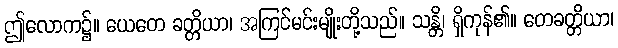
ဤလောက၌။ ယေတေ ခတ္တိယာ၊ အကြင်မင်းမျိုးတို့သည်။ သန္တိ၊ ရှိကုန်၏။ တေခတ္တိယာ၊